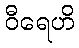
ဝီရေဟိ